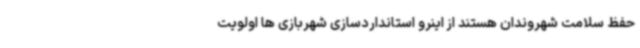
حفظ سلامت شهروندان هستند از اینرو استانداردسازی شهربازی ها اولویت